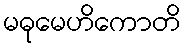
မဓုမေဟိကောတိ